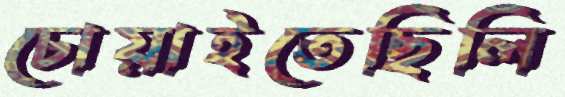
চোয়াইতেছিলি